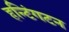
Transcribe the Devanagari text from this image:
हन्टिंगटन